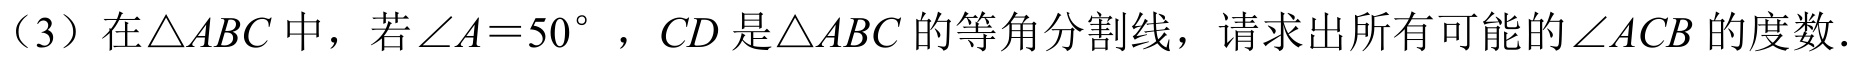
(3) 在\(\triangle ABC\)中，若\(\angle A = 50^{\circ}\)，\(CD\)是\(\triangle ABC\)的等角分割线，请求出所有可能的\(\angle ACB\)的度数.